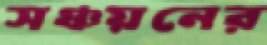
সঞ্চয়নের